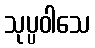
သုပ္ပဝါသေ